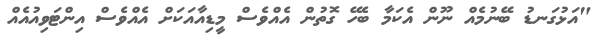
"އަޅުގަނޑު ބޭނުމެއް ނޫން އެކަމާ ބެހޭ ގޮތުން އެއްވެސް މީޑިއާއަކަށް އެއްވެސް އިންޓަވިއުއެއް